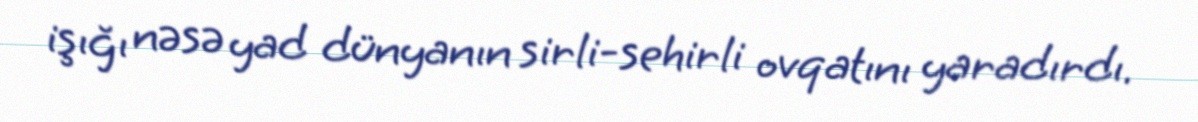
işığı nəsə yad dünyanın sirli-sehirli ovqatını yaradırdı.